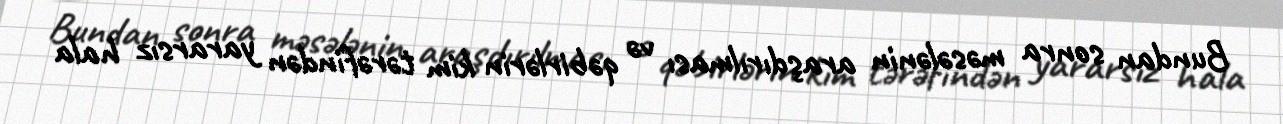
Bundan sonra məsələnin araşdırılması və qəbirlərin kim tərəfindən yararsız hala